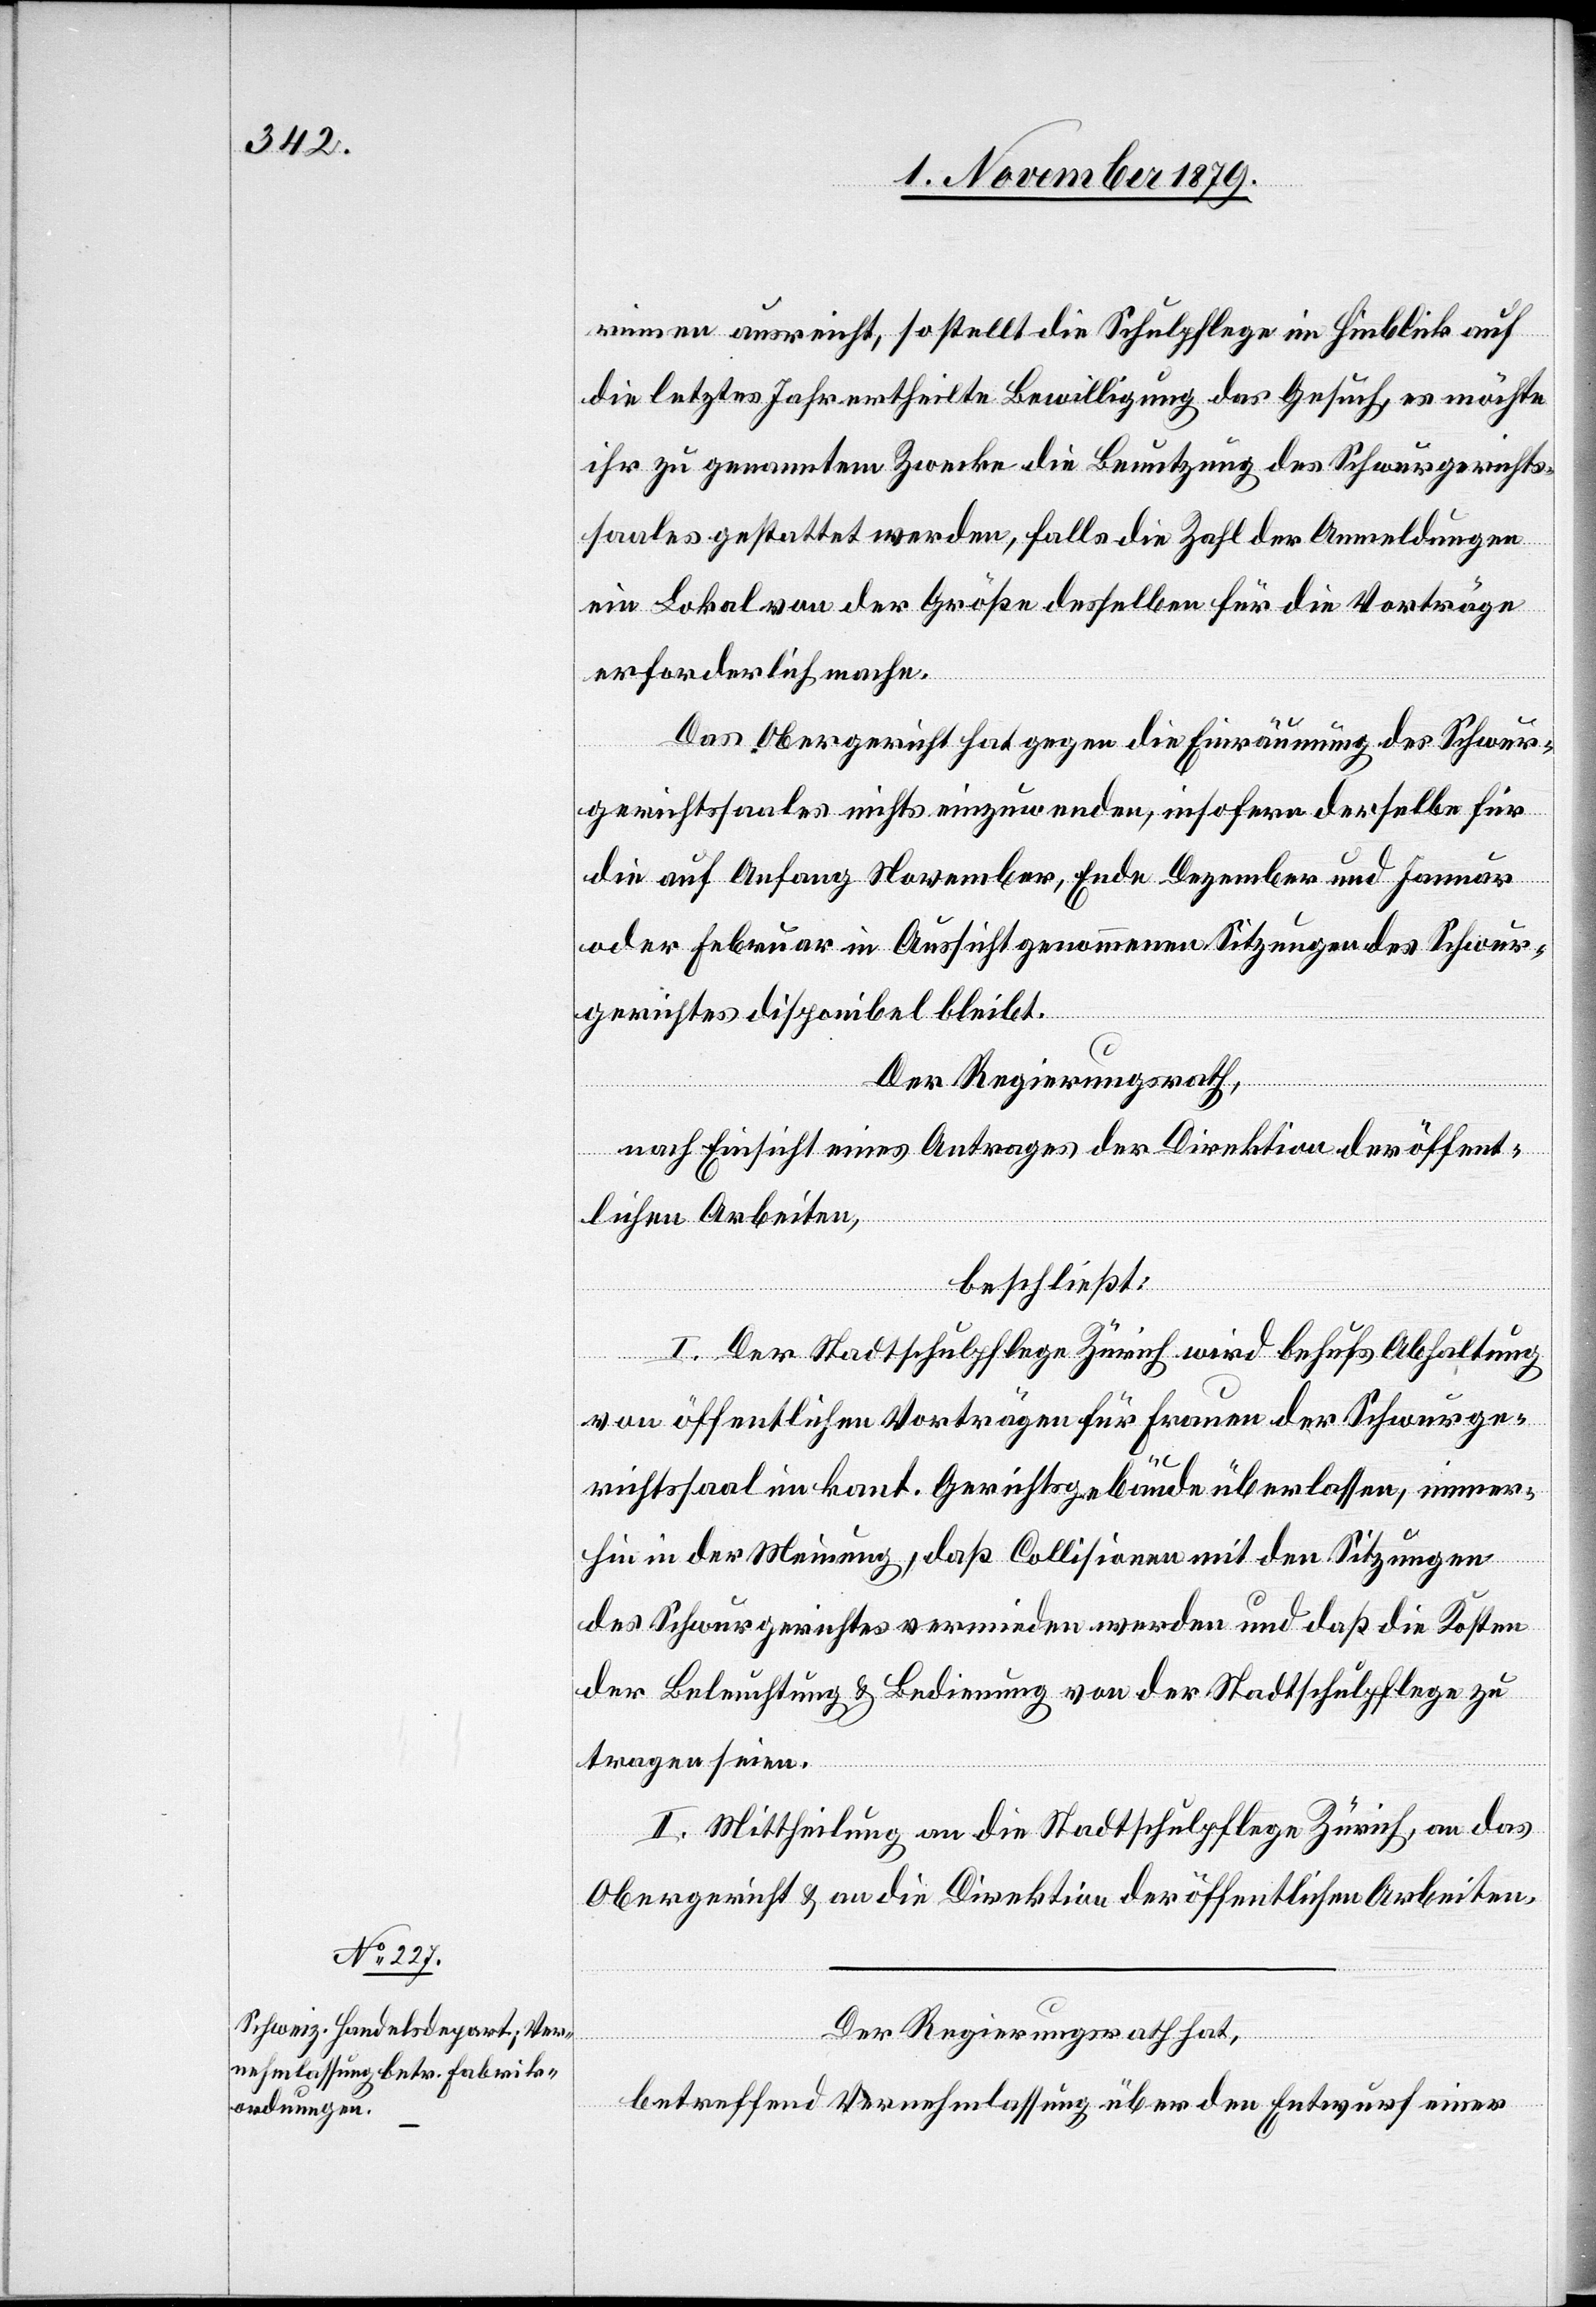
rinnen ausreicht, so stellt die Schulpflege im Hinblick auf
die letztes Jahr ertheilte Bewilligung das Gesuch, es möchte
ihr zu genanntem Zwecke die Benutzung des Schwurgerichts¬
saales gestattet werden, falls die Zahl der Anmeldungen
ein Lokal von der Größe desselben für die Vorträge
erforderlich mache.
Das Obergericht hat gegen die Einräumung des Schwur¬
gerichtssaales nichts einzuwenden, insofern derselbe für
die auf Anfang November, Ende Dezember und Januar
oder Februar in Aussicht genommenen Sitzungen des Schwur¬
gerichtes disponibel bleibt.
Der Regierungsrath,
nach Einsicht eines Antrages der Direktion der öffent¬
lichen Arbeiten,
beschließt:
I. Der Stadtschulpflege Zürich wird behufs Abhaltung
von öffentlichen Vorträgen für Frauen der Schwurge¬
richtssaal im kant. Gerichtsgebäude überlassen, immer¬
hin in der Meinung, daß Collisionen mit den Sitzungen
des Schwurgerichtes vermieden werden und daß die Kosten
der Beleuchtung & Bedienung von der Stadtschulpflege zu
tragen seien.
II. Mittheilung an die Stadtschulpflege Zürich, an das
Obergericht & an die Direktion der öffentlichen Arbeiten.
Der Regierungsrath hat,
betreffend Vernehmlassung über den Entwurf einer